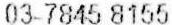
03-7845 8155